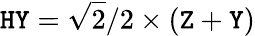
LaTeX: \texttt{HY}=\sqrt{2}/2\times(\texttt{Z}+\texttt{Y})